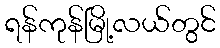
ရန်ကုန်မြို့လယ်တွင်